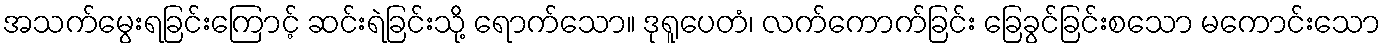
အသက်မွေးရခြင်းကြောင့် ဆင်းရဲခြင်းသို့ ရောက်သော။ ဒုရူပေတံ၊ လက်ကောက်ခြင်း ခြေခွင်ခြင်းစသော မကောင်းသော